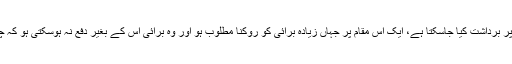
معلوم ہوا کہ برائی کو دو مقامات پر برداشت کیا جاسکتا ہے، ایک اس مقام پر جہاں زیادہ برائی کو روکنا مطلوب ہو اور وہ برائی اس کے بغیر دفع نہ ہوسکتی ہو کہ چھوٹی برائی کا ارتکاب کیا جائے۔